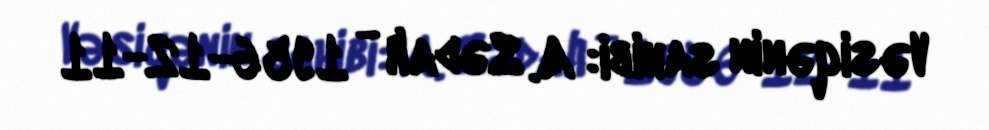
Vəsiqənin sahibi: A. Sədalı - 1956-12-11